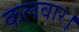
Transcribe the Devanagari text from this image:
कलवार।